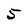
Character: 5